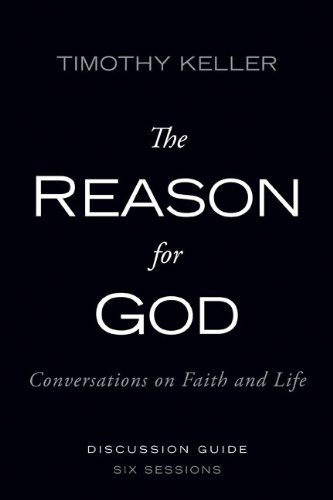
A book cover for Reason for God Pack, Includes One DVD and One Discussion Guide; Timothy Keller; Christian Books & Bibles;